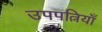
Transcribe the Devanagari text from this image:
उपपत्नियाँ